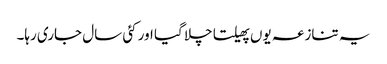
یہ تنازعہ یوں پھیلتا چلا گیا اور کئی سال جاری رہا۔